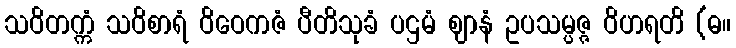
သဝိတက္ကံ သဝိစာရံ ဝိဝေကဇံ ပီတိသုခံ ပဌမံ ဈာနံ ဥပသမ္ပဇ္ဇ ဝိဟရတိ (ဓ။